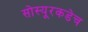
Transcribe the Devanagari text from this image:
सोस्यूरकडेच